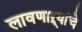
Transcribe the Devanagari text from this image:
लावणाऱ्यांचे